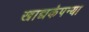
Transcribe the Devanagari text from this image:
खाद्यकंपन्या